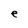
Character: e